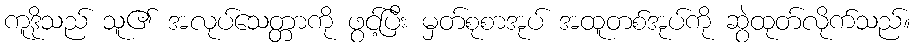
ကူဒိုသည် သူ၏ အလုပ်သေတ္တာကို ဖွင့်ပြီး မှတ်စုစာအုပ် အထူတစ်အုပ်ကို ဆွဲထုတ်လိုက်သည်။